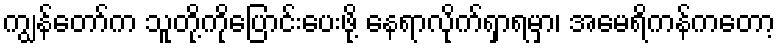
ကျွန်တော်က သူတို့ကိုပြောင်းပေးဖို့ နေရာလိုက်ရှာရမှာ၊ အမေရိကန်ကတော့